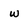
Character: w